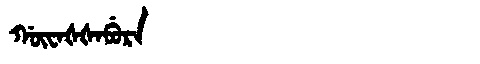
Manchu: ᡤᡡᠸᠠᡧᡧᠠᠪᡠᡵᠠ
Romanization: GŪWAŠŠABURA